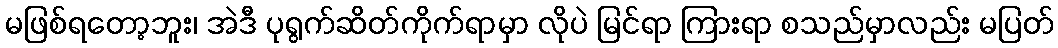
မဖြစ်ရတော့ဘူး၊ အဲဒီ ပုရွက်ဆိတ်ကိုက်ရာမှာ လိုပဲ မြင်ရာ ကြားရာ စသည်မှာလည်း မပြတ်